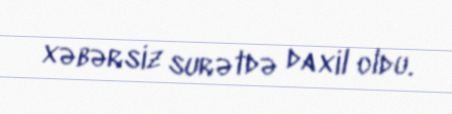
xəbərsiz surətdə daxil oldu.